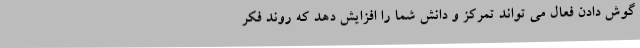
گوش دادن فعال می تواند تمرکز و دانش شما را افزایش دهد که روند فکر